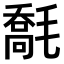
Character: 𣯹